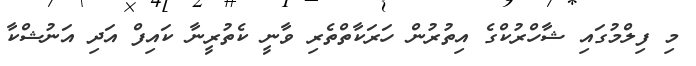
މި ފިލްމުގައި ޝާހްރުކްގެ އިތުރުން ހަރަކާތްތެރި ވާނީ ކެތުރީނާ ކައިފް އަދި އަނުޝްކާ